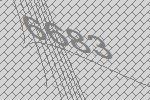
6683